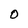
Character: O